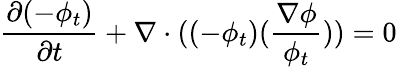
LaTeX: \frac{\partial(-\phi_{t})}{\partial t}+\nabla\cdot((-\phi_{t})(\frac{\nabla\phi}{\phi_{t}}))=0